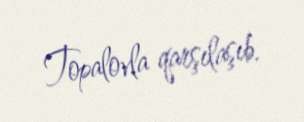
Topalovla qarşılaşıb.